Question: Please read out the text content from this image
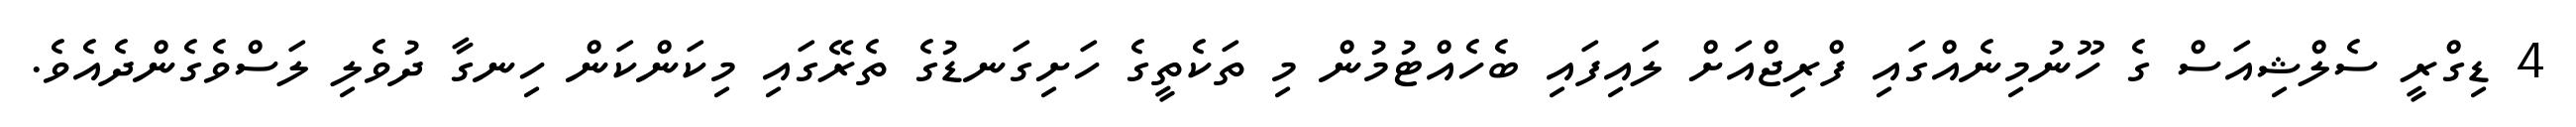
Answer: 4 ޑިގްރީ ސެލްޝިއަސް ގެ ހޫނުމިނެއްގައި ފްރިޖްއަށް ލައިފައި ބެހެއްޓުމުން މި ތަކެތީގެ ހަށިގަނޑުގެ ތެރޭގައި މިކަންކަން ހިނގާ ދުވެލި ލަސްވެގެންދެއެވެ.